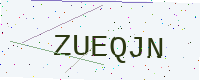
Text: ZUEQJN